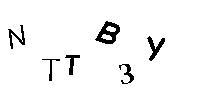
NTTB3Y